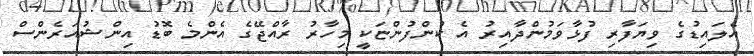
އެލައިޑުގެ ވިޔަފާރި ފުޅާވަމުންދާއިރު އެ ކުންފުންޏަކީ މިހާރު ރާއްޖޭގެ އެންމެ ބޮޑު އިންޝުއަރެންސް